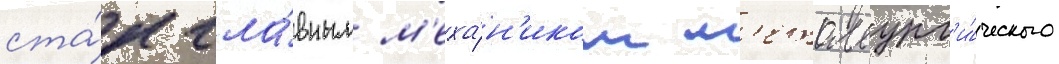
ста́л гла́вным м'еха́н'иком м'еталлург'и́ческого